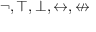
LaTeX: \neg , \top , \bot , \leftrightarrow , \nleftrightarrow